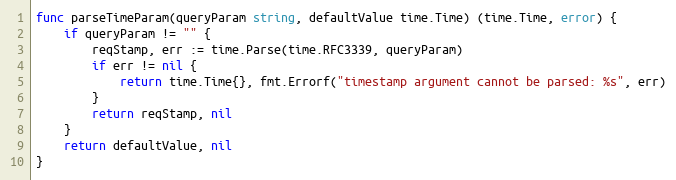
Language: Go
func parseTimeParam(queryParam string, defaultValue time.Time) (time.Time, error) {
	if queryParam != "" {
		reqStamp, err := time.Parse(time.RFC3339, queryParam)
		if err != nil {
			return time.Time{}, fmt.Errorf("timestamp argument cannot be parsed: %s", err)
		}
		return reqStamp, nil
	}
	return defaultValue, nil
}